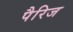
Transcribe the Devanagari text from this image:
पैरिज